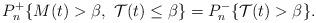
LaTeX: \begin{align*}P_n^+\lbrace M(t) > \beta,\ \mathcal{T}(t)\le \beta \rbrace = P_n^-\lbrace \mathcal{T}(t)> \beta\rbrace.\end{align*}